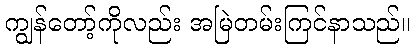
ကျွန်တော့်ကိုလည်း အမြဲတမ်းကြင်နာသည်။